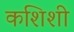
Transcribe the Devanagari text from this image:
कशिशी